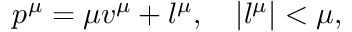
p ^ { \mu } = \mu v ^ { \mu } + l ^ { \mu } , \quad \left| l ^ { \mu } \right| < \mu ,